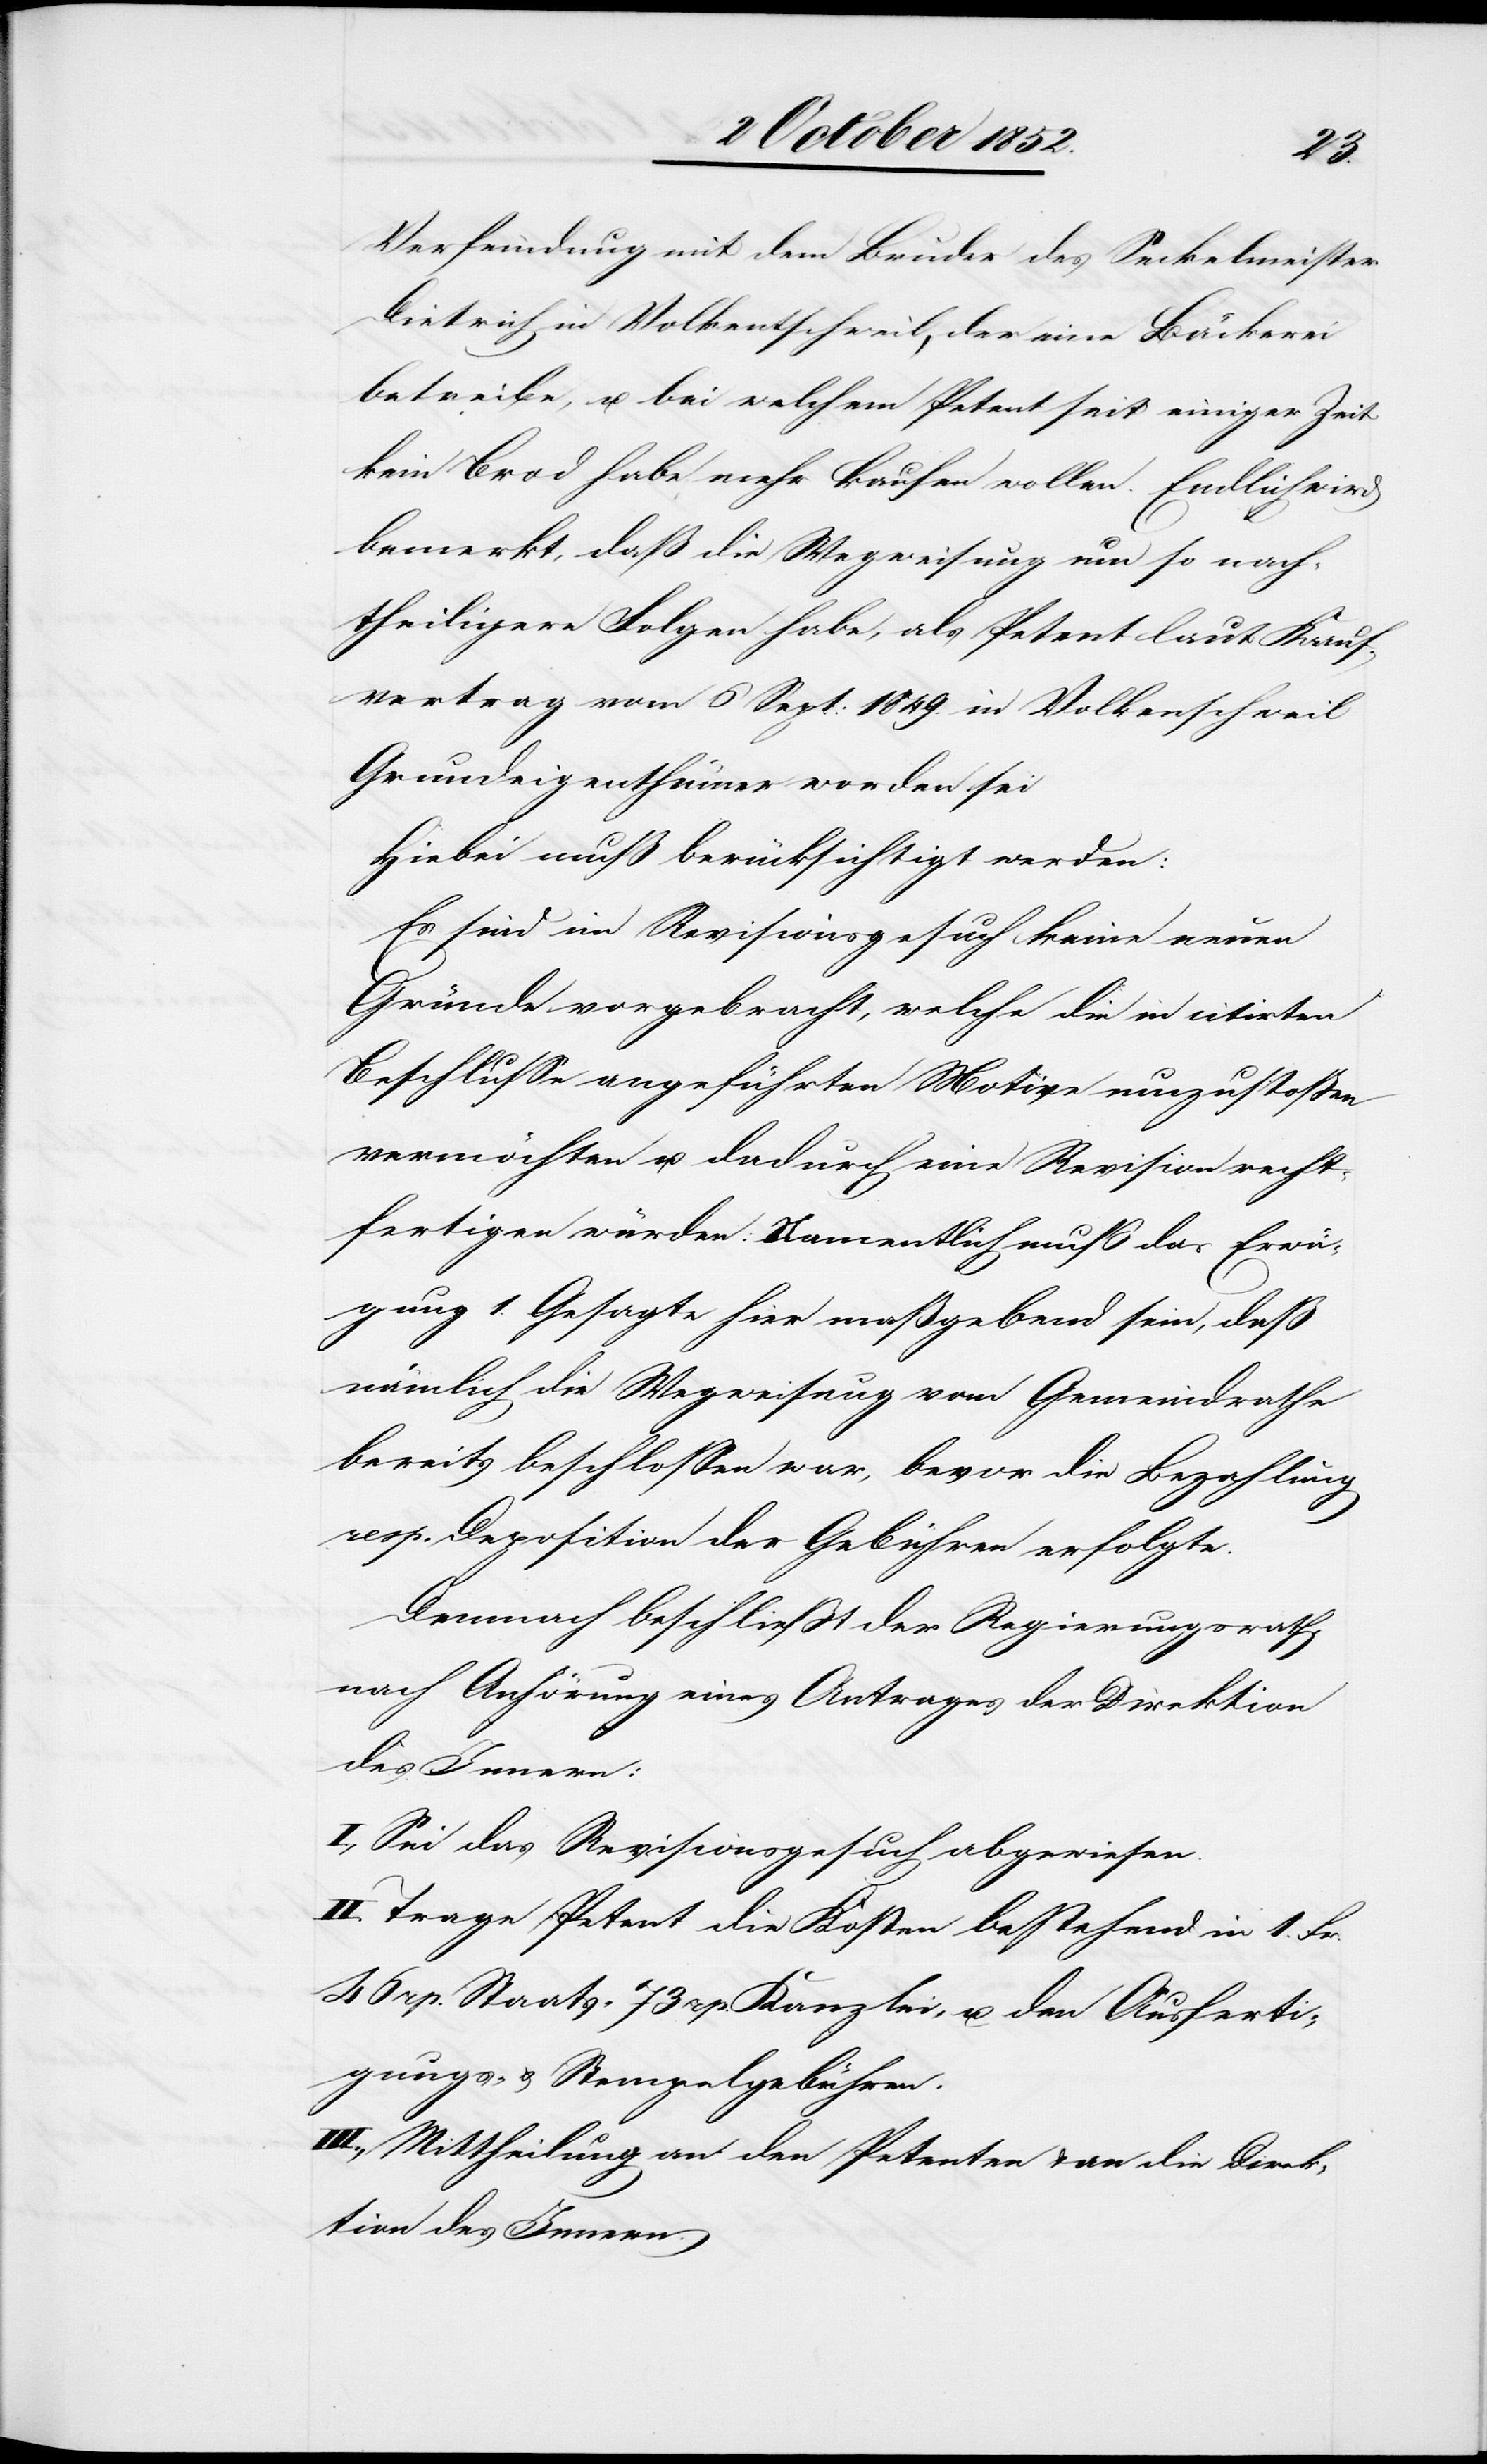
Verfeindung mit dem Bruder des Seckelmeister
Dietrich in Volkentschweil, der eine Bäckerei
betreibe, u. bei welchem Petent seit einiger Zeit
kein Brod habe, mehr kaufen wollen. Endlich wird
bemerkt, daß die Wegweisung um so nach¬
theiligere Folgen habe, als Petent laut Kauf¬
vertrag vom 6 Sept: 1849. in Volken[t]schweil
Grundeigenthümer [ge]worden sei
Hiebei muß berücksichtigt werden:
Es sind im Revisionsgesuch keine neuen
Gründe vorgebracht, welche die in citirtem
Beschlusse angeführten Motive umzustoßen
vermöchten u. dadurch eine Revision recht¬
fertigen würden: Namentlich muß das Erwä¬
gung 1. Gesagte hier maßgebend sein, daß
nämlich die Wegweisung vom Gemeindrathe
bereits beschlossen war, bevor die Bezahlung
resp. Deposition der Gebühren erfolgte.
Demnach beschließt der Regierungsrath,
nach Anhörung eines Antrages der Direktion
des Innern:
I, Sei das Revisionsgesuch abgewiesen.
II. Trage Petent die Kosten bestehend in 1. Fr.
46 rp. Staats-[,] 73 rp. Kanzlei- u. den Ausferti¬
gungs- & Stempelgebühren.
III., Mittheilung an den Petenten & an die Direk¬
tion des Innern.